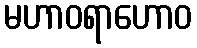
မဟာဝရာဟောဝ